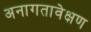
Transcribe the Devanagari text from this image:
अनागतावेक्षण